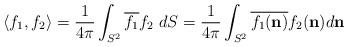
LaTeX: \begin{align*}\langle f_{1},f_{2}\rangle=\frac{1}{4\pi}\int_{S^{2}}\overline{f_{1}}f_{2}\ dS=\frac{1}{4\pi}\int_{S^{2}}\overline{f_{1}(\mathbf{n})}f_{2}(\mathbf{n})d\mathbf{n} \end{align*}